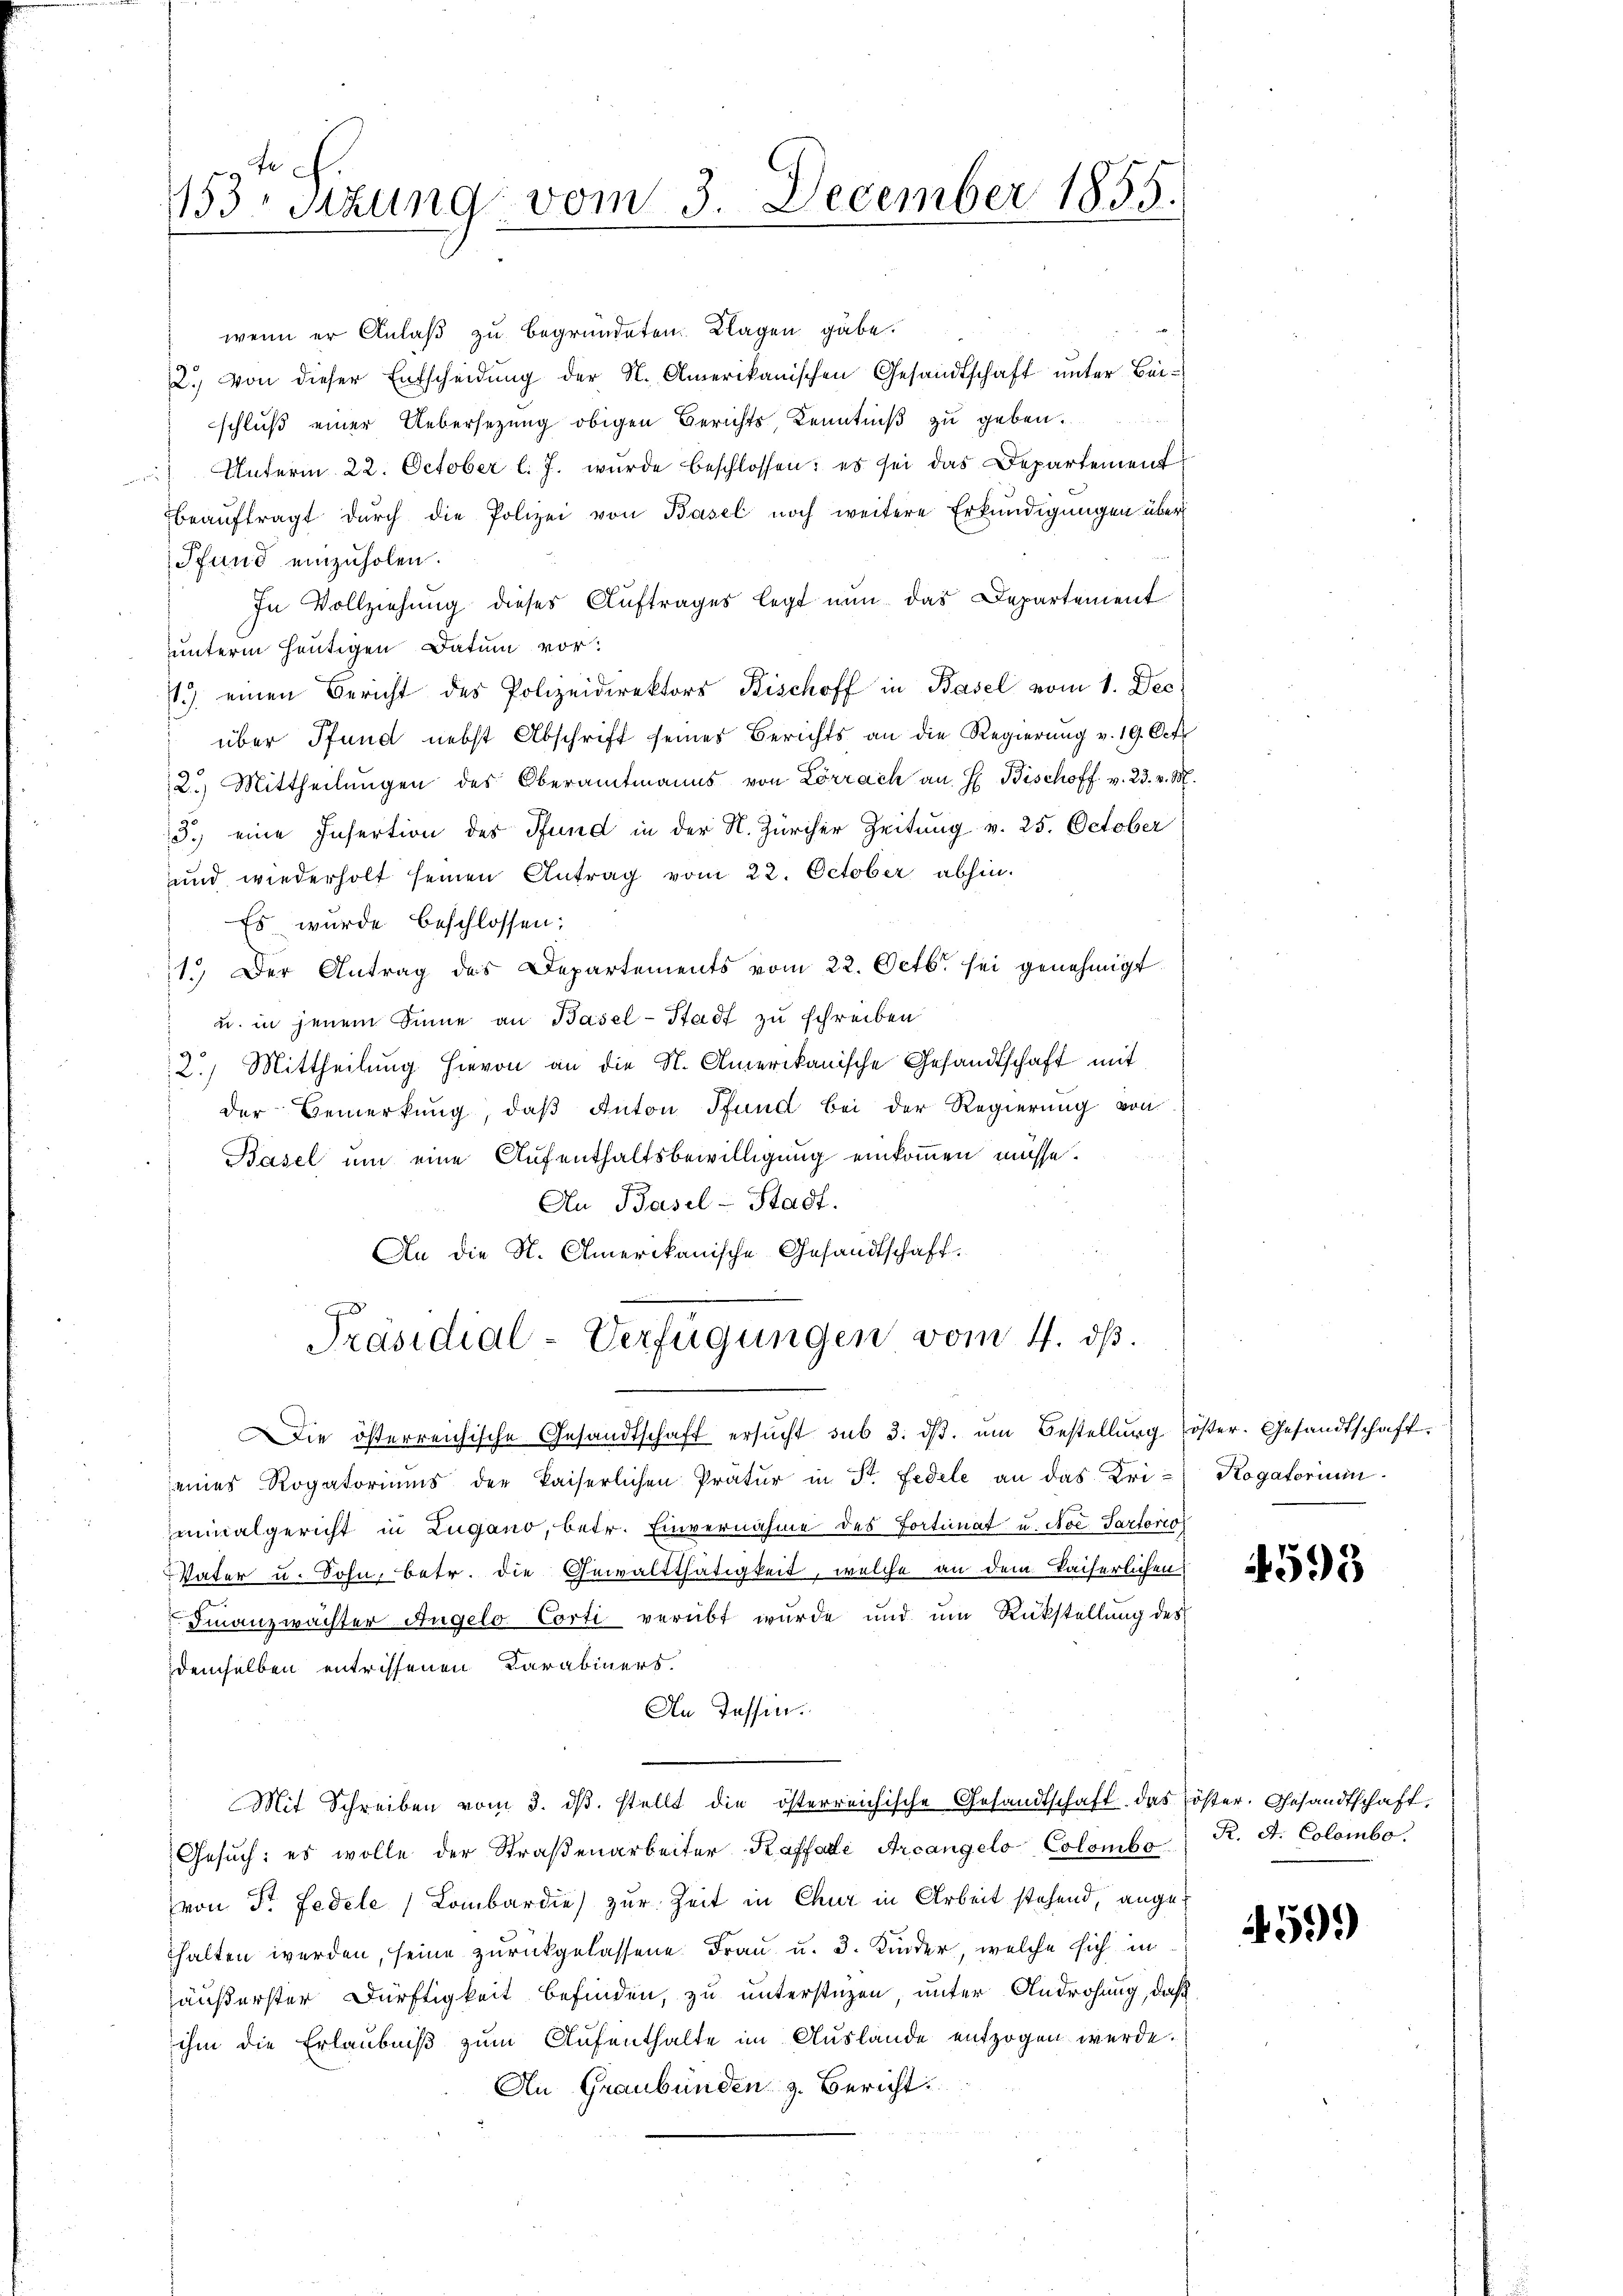
153 Sitzung vom 3. December 1855.

wenn er Anlaß zu begründeten Klagen gäbe.
2. Von dieser Entscheidŭng der N. Amerikanischen Gesandtschaft ŭnter Bei-
schluß einer Uebersezung obigen Berichts, Kenntniß zu geben.
 Unterm 22. October l. J. wurde beschlossen: es sei das Departement
beaŭftragt dŭrch die Polizei von Basel noch weitere Erkundigungen über
Pfund einzuholen.
In Vollziehung dieses Auftrages legt nun das Departement
unterm heutigen Datum vor:
1.) einen Bericht des Polizeidirektors Bischoff in Basel vom 1. Dec.
über Pfund nebst Abschrift seines Berichts an die Regierung v. 19. Oct.
2.) Mittheilungen des Oberamtmanns von Lörrach an H. Bischoff v. 23. v. M.
3.) eine Insertion des Pfund in der N. Zürcher Zeitung v. 25. October
und wiederholt seinen Antrag vom 22. October abhin.
Es wurde beschlossen:
1. Der Antrag des Departements vom 22. Octbr. sei genehmigt.
ud in jenem Sinne an Basel-Stadt zu schreiben
2.) Mittheilŭng hievon an die N. Amerikanische Gesandtschaft mit
der Bemerkung, daß Anton Pfund bei der Regierung von
Basel um eine Aufenthaltsbewilligung einkommen müsse.
An Basel-Stadt.
An die St. Amerikanische Gesandtschaft.
Präsidial-Verfügungen vom 4. ds.
Die österreichische Gesandtschaft ersŭcht sub 3. dβ. ŭm Bestellŭng öster. Gesandtschaft.
eines Rogatoriums der kaiserlichen Prätŭr in St. Fedele an das Uri-Kogatorium
minalgericht in Lugano, betr. Einvernahme des Fortimat u. Noc. Partorio
Vater u. Sohn, betr. die Gewaltthätigkeit, welche an dem Kaiserlichen
Finanzwächter Angelo Corti verübt wurde und um Rükstellung des
demselben entrissenen Carabiners.
An Tessin.
Mit Schreiben vom 3. dβ. stellt die österreichische Gesandtschaft das öster. Gesandtschaft,
Gesŭch: es wolle der Straβenarbeiter Kaffade Areangelo Colombe K. A. Colombo
von Dr Fedele Lombardie) zur Zeit in Chur in Arbeit stehend, ange-
halten werden, seine zurückgelassene Frau u. 3. Kinder, welche sich in
häußerster Dürftigkeit befinden, zu unterstüzen, unter Androhung, daß
ihm die Erlaubniß zum Aufenthalte im Auslande entzogen werde.
An Graubünden z. Bericht.

4595

599)